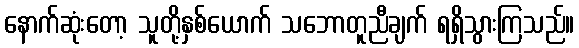
နောက်ဆုံးတော့ သူတို့နှစ်ယောက် သဘောတူညီချက် ရရှိသွားကြသည်။